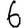
Digit: 6